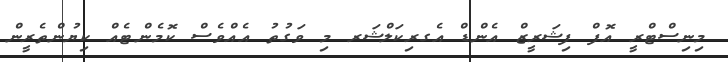
މިނިސްޓްރީ އޮފް ފިޝަރީޒް އެންޑް އެގރިކަލްޝަރ މި ވަގުތު އެއްވެސް ކޮމެންޓެއް ކިޔުންތެރީން